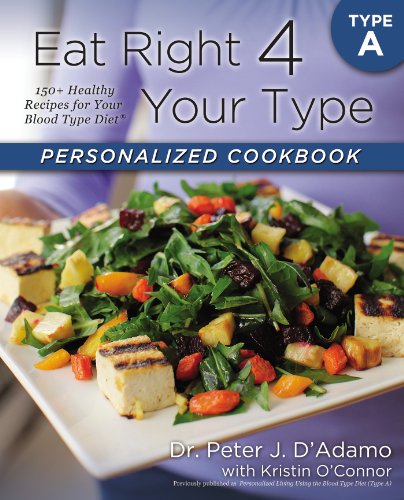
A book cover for Eat Right 4 Your Type Personalized Cookbook Type A: 150+ Healthy Recipes For Your Blood Type Diet; Dr. Peter J. D'Adamo; Health, Fitness & Dieting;